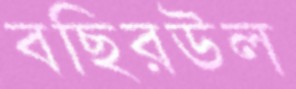
বছিরউল